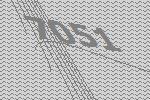
7051